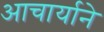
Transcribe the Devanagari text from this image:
आचार्याने